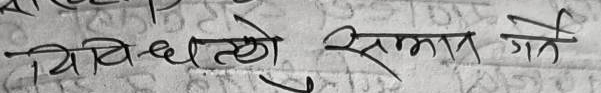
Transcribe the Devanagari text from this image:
'बिभिन्नताको सम्मान गर्ने'